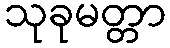
သုခုမတ္တာ